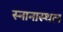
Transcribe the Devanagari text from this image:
स्नानास्थल